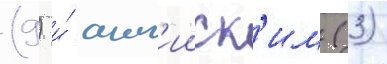
(9) и́ англ'ииск'им (3)